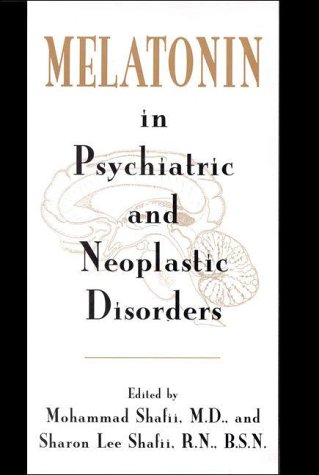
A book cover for Melatonin in Psychiatric and Neoplastic Disorders; Medical Books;